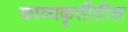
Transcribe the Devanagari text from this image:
काव्यकृतींतील